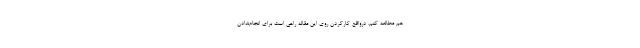
هم مطالعه کنم. درواقع کارکردن روی این مقاله راهی است برای انجام‌ندادن